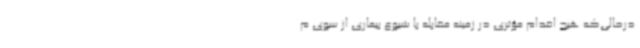
درحالی‌که هیچ اقدام مؤثری در زمینه مقابله با شیوع بیماری از سوی م